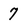
Character: 7